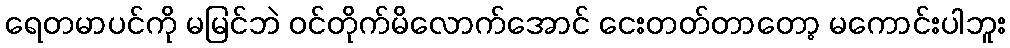
ရေတမာပင်ကို မမြင်ဘဲ ဝင်တိုက်မိလောက်အောင် ငေးတတ်တာတော့ မကောင်းပါဘူး